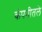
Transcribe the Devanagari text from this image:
कंपनीतले